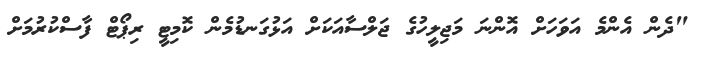
"ދެން އެންމެ އަވަހަށް އޮންނަ މަޖިލީހުގެ ޖަލްސާއަކަށް އަޅުގަނޑުމެން ކޮމިޓީ ރިޕޯޓް ފާސްކުރުމަށް